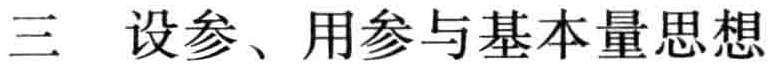
三 设参、用参与基本量思想